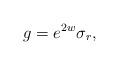
LaTeX: \begin{align*}g=e^{2w}\sigma_r,\end{align*}